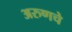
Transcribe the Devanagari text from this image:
अरुणचे